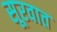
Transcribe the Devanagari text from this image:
सूरवात